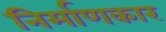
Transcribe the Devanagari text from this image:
निर्माणकार